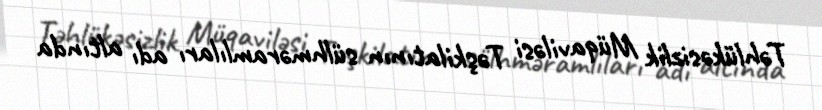
Təhlükəsizlik Müqaviləsi Təşkilatının sülhməramlıları adı altında